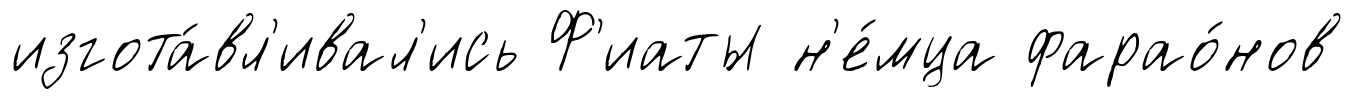
изгота́вл'ивал'ись Ф'иаты н'е́мца фарао́нов